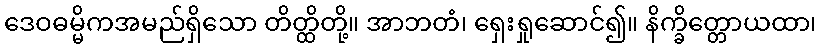
ဒေဝဓမ္မိကအမည်ရှိသော တိတ္ထိတို့။ အာဘတံ၊ ရှေးရှုဆောင်၍။ နိက္ခိတ္တောယထာ၊